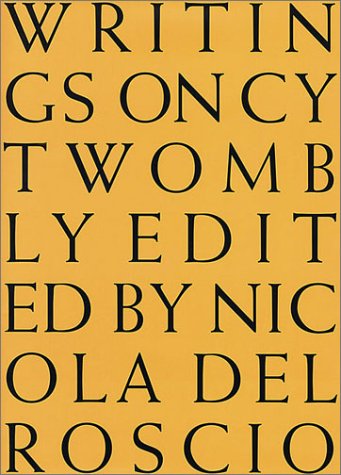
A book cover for Writings on Cy Twombly; Robert Motherwell; Arts & Photography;